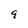
Character: q